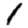
Digit: 1